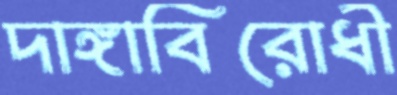
দাঙ্গাবিরোধী